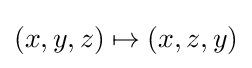
(x,y,z)\mapsto (x,z,y)